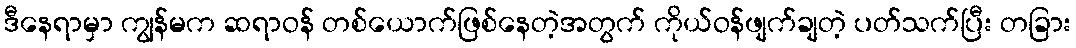
ဒီနေရာမှာ ကျွန်မက ဆရာဝန် တစ်ယောက်ဖြစ်နေတဲ့အတွက် ကိုယ်ဝန်ဖျက်ချတဲ့ ပတ်သက်ပြီး တခြား